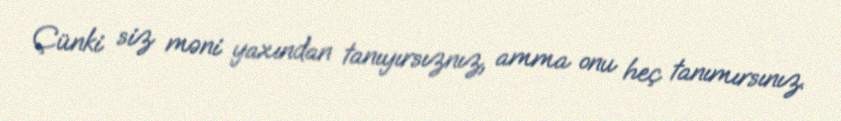
Çünki siz məni yaxından tanıyırsıznız, amma onu heç tanımırsınız.